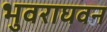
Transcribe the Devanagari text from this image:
भुवराघवन